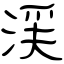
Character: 渓